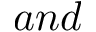
a n d